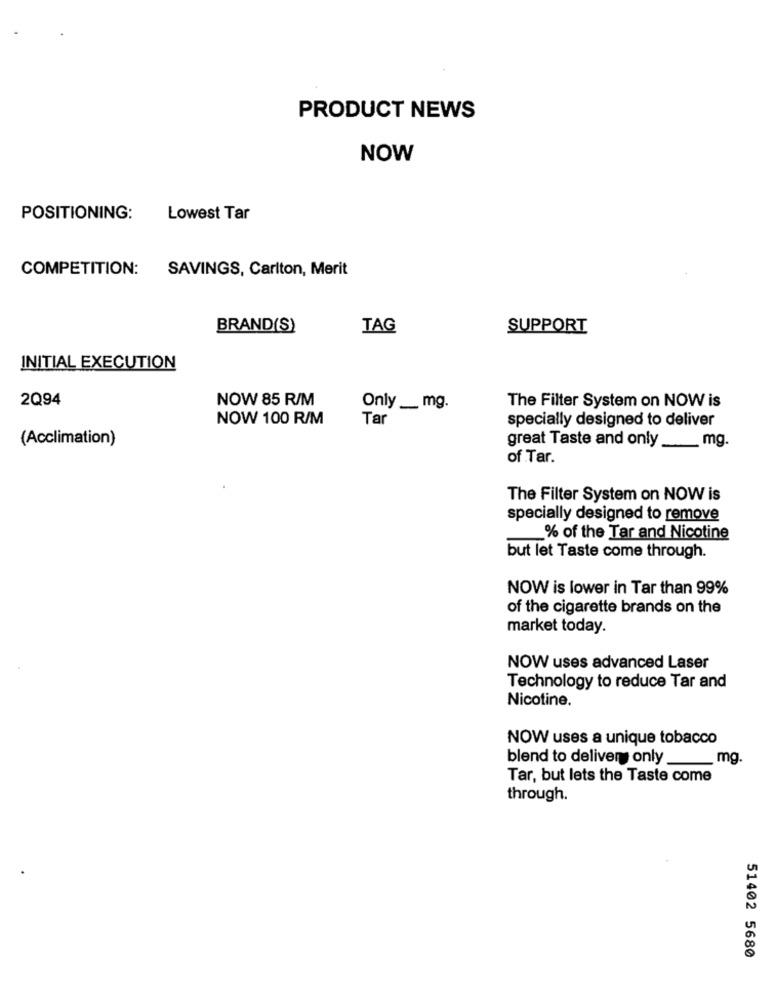
PRODUCT NEWS
NOW
POSITIONING: Lowest Tar
COMPETITION: SAVINGS, Carlton, Merit
BRAND(S)
TAG
SUPPORT
INITIAL EXECUTION
2Q94
NOW 85 R/M
The Filter System on NOW is
Only _ mg.
NOW 100 R/M
Tar
specially designed to deliver
(Acclimation)
great Taste and only ___ mg.
of Tar.
The Filter System on NOW is
specially designed to remove
% of the Tar and Nicotine
but let Taste come through.
NOW is lower in Tar than 99%
of the cigarette brands on the
market today.
NOW uses advanced Laser
Technology to reduce Tar and
Nicotine.
NOW uses a unique tobacco
blend to delivery only
_mg.
Tar, but lets the Taste come
through.
51402 5680